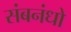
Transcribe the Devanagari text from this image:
संबनंधो